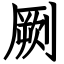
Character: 劂